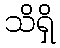
သိရှိ